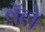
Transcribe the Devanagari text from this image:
वॅले